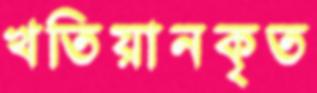
খতিয়ানকৃত